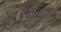
વસાણી